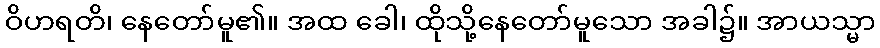
ဝိဟရတိ၊ နေတော်မူ၏။ အထ ခေါ၊ ထိုသို့နေတော်မူသော အခါ၌။ အာယသ္မာ